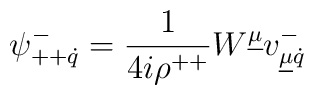
\psi^{-}_{++\dot q}={1\over 4i\rho^{++}}W^{\underline{\mu}}v^{-}_{\underline{\mu}\dot q}